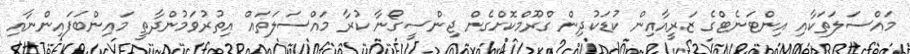
މައްސަލަތަކާއި އިންޓަނެޓްގެ ޒަރީއާއިން ކުޑަކުދިން ގްރޫމްކޮށްގެން ޖިންސީގޯނާ ކުރާ މައްސަލަތައް އިތުރުވަމުންދާތީ މައިންބަފައިންނާއި